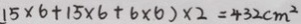
1 5 \times 6 + 1 5 \times 6 + 6 \times 6 ) \times 2 = 4 3 2 c m ^ { 2 }